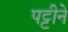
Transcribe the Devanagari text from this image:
पट्टीने